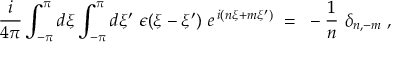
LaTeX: \frac { i } { 4 \pi } \int _ { - \pi } ^ { \pi } d \xi \int _ { - \pi } ^ { \pi } d \xi ^ { \prime } ~ \epsilon ( \xi - \xi ^ { \prime } ) ~ e ^ { \, i ( n \xi + m \xi ^ { \prime } ) } ~ = ~ - \frac { 1 } { n } ~ \delta _ { n , - m } \; , \nonumber